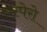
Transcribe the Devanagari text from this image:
एस्पेरो